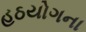
હઠયોગના